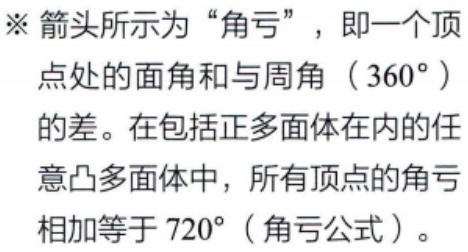
※箭头所示为“角亏”，即一个顶
点处的面角和与周角（$360^{\circ}$）
的差。在包括正多面体在内的任
意凸多面体中，所有顶点的角亏
相加等于$720^{\circ}$（角亏公式）。